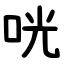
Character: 咣